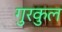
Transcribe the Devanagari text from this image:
गुरकुल